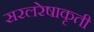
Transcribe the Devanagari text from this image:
सरलरेषाकृती